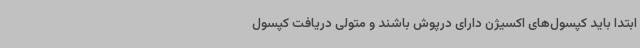
ابتدا باید کپسول‌های اکسیژن دارای درپوش باشند و متولی دریافت کپسول